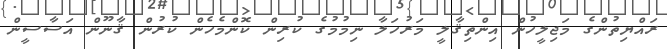
ރައްޔިތުންގެ މަޖިލީހުން އިންތިޤާލީ މަރުހަލާ ނިމުމުގެ ކުރިން ކޮންމެހެން ކުރުން ޤާނޫން އަސާސީން